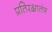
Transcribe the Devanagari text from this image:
प्रतिरक्षातंत्र